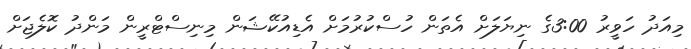
މިއަދު ހަވީރު 3:00ގެ ނިޔަލަށް އެތަން ހުސްކުރުމަށް އެޑިއުކޭޝަން މިނިސްޓްރީން މަންދު ކޮލެޖަށް